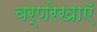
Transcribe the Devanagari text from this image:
वर्णरेखाएँ